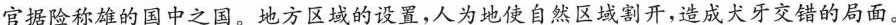
官据险称雄的国中之国。地方区域的设置，人为地使自然区域割开，造成犬牙交错的局面。